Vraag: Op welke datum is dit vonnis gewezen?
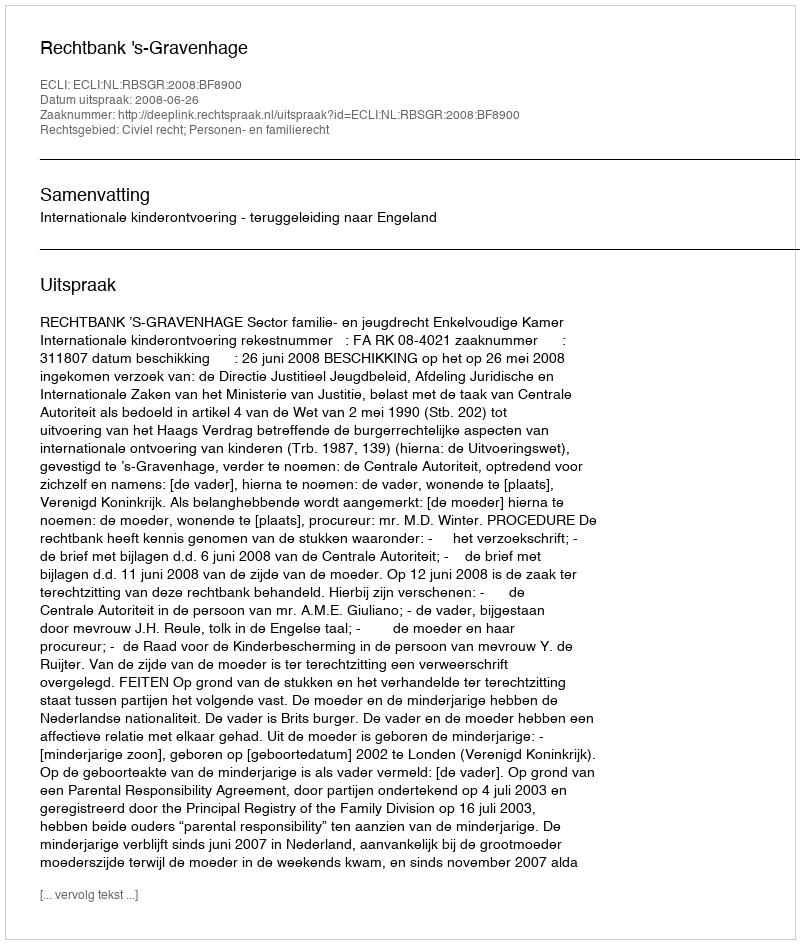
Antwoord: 2008-06-26